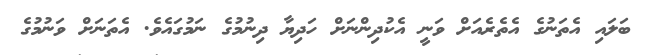
ބަލައި އެތަނުގެ އެތެރެއަށް ވަނީ އެކުދިންނަށް ހަދިޔާ ދިނުމުގެ ނަމުގައެވެ. އެތަނަށް ވަނުމުގެ